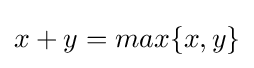
x+y=max\{x,y\}